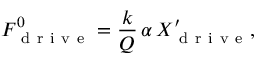
F _ { \mathrm { ~ d ~ r ~ i ~ v ~ e ~ } } ^ { 0 } = \frac { k } { Q } \, \alpha \, X _ { \mathrm { ~ d ~ r ~ i ~ v ~ e ~ } } ^ { \prime } ,